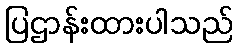
ပြဌာန်းထားပါသည်